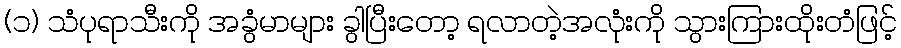
(၁) သံပုရာသီးကို အခွံမာများ ခွါပြီးတော့ ရလာတဲ့အလုံးကို သွားကြားထိုးတံဖြင့်